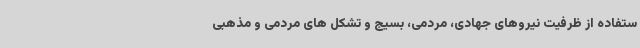
ستفاده از ظرفیت نیروهای جهادی، مردمی، بسیج و تشکل های مردمی و مذهبی